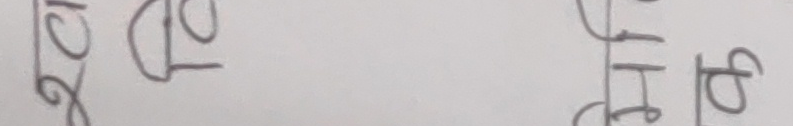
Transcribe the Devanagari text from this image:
२९ पु हे रु